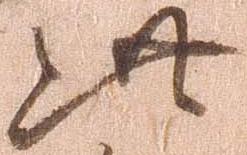
此